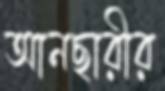
আনছারীর